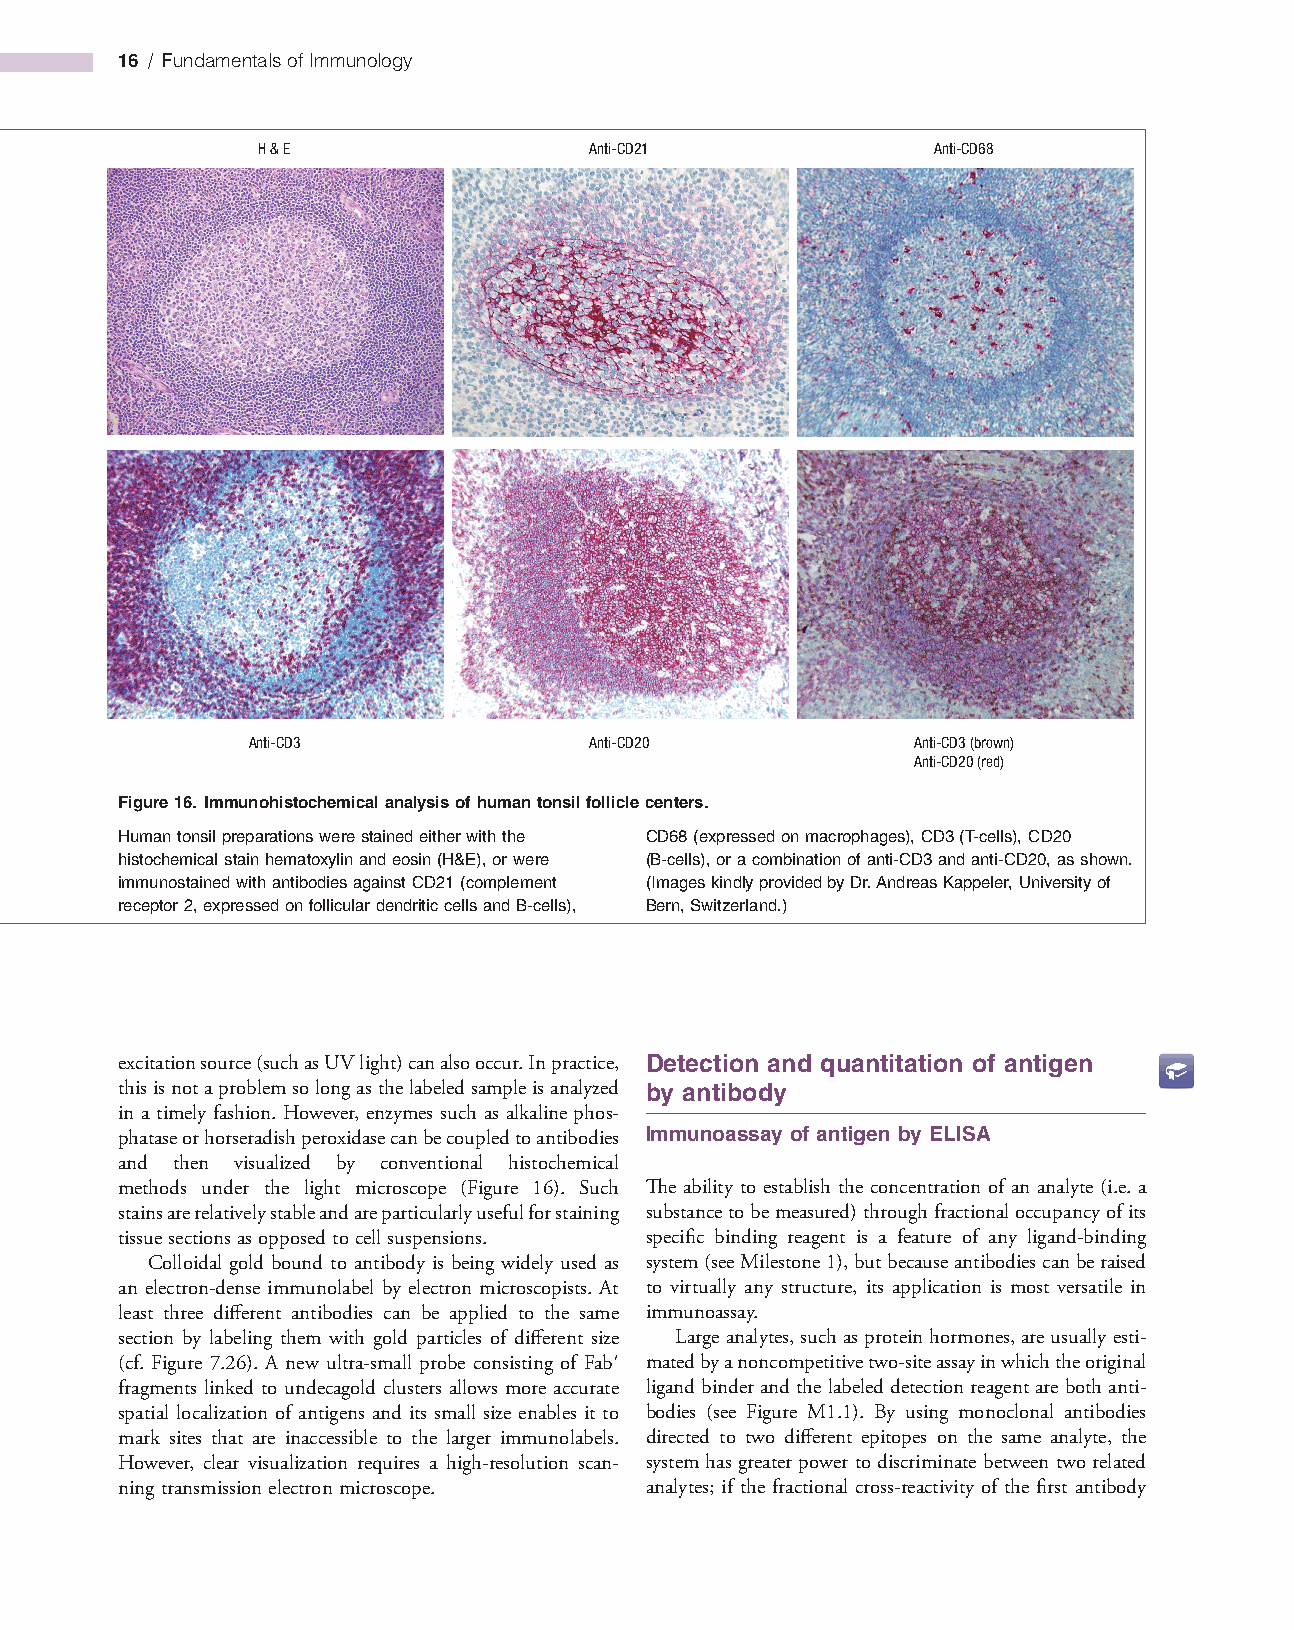
16 / Fundamentals of Immunology
 H & E                 Anti-CD21              Anti-CD68
 Anti-CD3               Anti-CD20            Anti-CD3 (brown)
 Anti-CD20 (red)
 Figure 16. Immunohistochemical analysis of human tonsil follicle centers.
 Human tonsil preparations were stained either with the CD68 (expressed on macrophages), CD3 (T-cells), CD20
 histochemical stain hematoxylin and eosin (H&E), or were (B-cells), or a combination of anti-CD3 and anti-CD20, as shown.
 immunostained with antibodies against CD21 (complement (Images kindly provided by Dr. Andreas Kappeler, University of
 receptor 2, expressed on follicular dendritic cells and B-cells), Bern, Switzerland.)
 excitation source (such as UV light) can also occur. In practice, Detection and quantitation of antigen
 this is not a problem so long as the labeled sample is analyzed by antibody
 in a timely fashion. However, enzymes such as alkaline phos­
 phatase or horseradish peroxidase can be coupled to antibodies Immunoassay of antigen by ELISA
 and then visualized by conventional histochemical
 methods under the light microscope (Figure 16). Such The ability to establish the concentration of an analyte (i.e. a
 stains are relatively stable and are particularly useful for staining substance to be measured) through fractional occupancy of its
 tissue sections as opposed to cell suspensions. specific binding reagent is a feature of any ligand­binding
 Colloidal gold bound to antibody is being widely used as system (see Milestone 1), but because antibodies can be raised
 an electron­dense immunolabel by electron microscopists. At to virtually any structure, its application is most versatile in
 least three different antibodies can be applied to the same immunoassay.
 section by labeling them with gold particles of different size Large analytes, such as protein hormones, are usually esti­
 (cf. Figure 7.26). A new ultra­small probe consisting of Fab′ mated by a noncompetitive two­site assay in which the original
 fragments linked to undecagold clusters allows more accurate ligand binder and the labeled detection reagent are both anti­
 spatial localization of antigens and its small size enables it to bodies (see Figure M1.1). By using monoclonal antibodies
 mark sites that are inaccessible to the larger immunolabels. directed to two different epitopes on the same analyte, the
 However, clear visualization requires a high­resolution scan­ system has greater power to discriminate between two related
 ning transmission electron microscope. analytes; if the fractional cross­reactivity of the first antibody